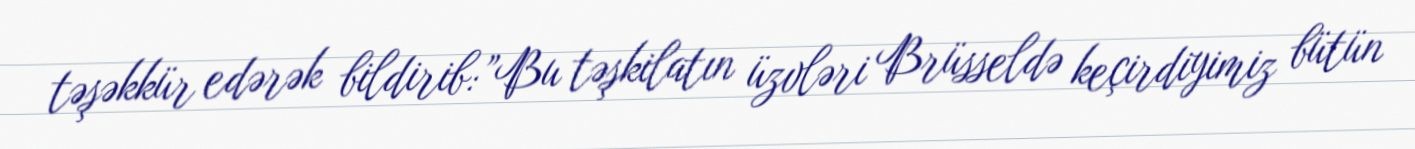
təşəkkür edərək bildirib:”Bu təşkilatın üzvləri Brüsseldə keçirdiyimiz bütün